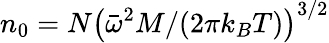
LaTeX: n_{0}=N\left(\bar{\omega}^{2}M/(2\pi k_{B}T)\right)^{3/2}